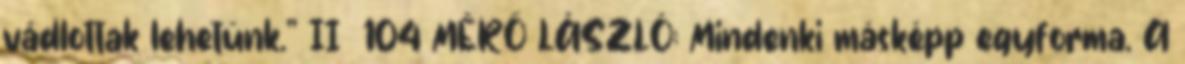
vádlottak lehetünk.” II 104 MÉRŐ LÁSZLÓ: Mindenki másképp egyforma. A